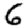
Digit: 6